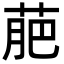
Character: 萉